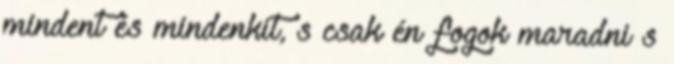
mindent és mindenkit, s csak én fogok maradni s